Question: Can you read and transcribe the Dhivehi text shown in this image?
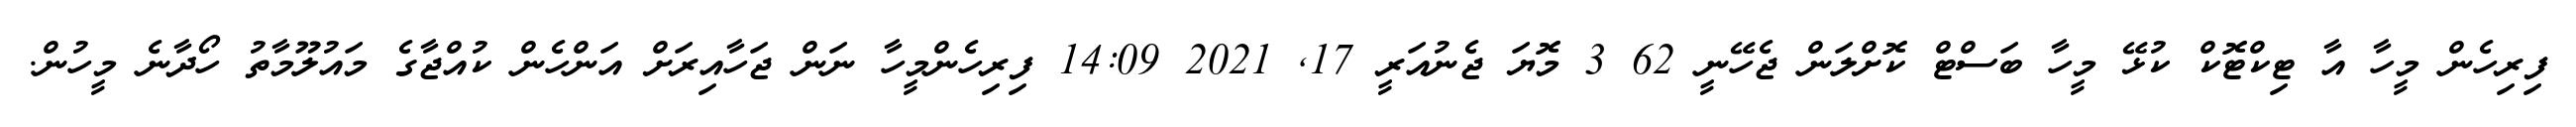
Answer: ފިރިހެން މީހާ އާ ޓިކްޓޮކް ކުޅޭ މީހާ ބަސްޓް ކޮށްލަން ޖެހޭނީ 62 3 މޮޔަ ޖެނުއަރީ 17, 2021 14:09 ފިރިހެންމީހާ ނަން ޖަހާއިރަށް އަންހެން ކުއްޖާގެ މައުލޫމާތު ހޯދާނެ މީހުން.